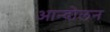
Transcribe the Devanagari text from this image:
आन्दोेलन